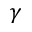
\gamma